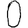
Digit: 0